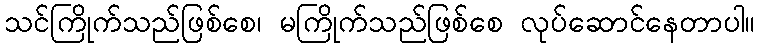
သင်ကြိုက်သည်ဖြစ်စေ၊ မကြိုက်သည်ဖြစ်စေ လုပ်ဆောင်နေတာပါ။